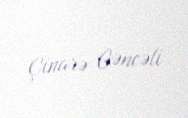
Çinarə Gəncəli